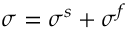
\boldsymbol { \sigma } = \boldsymbol { \sigma } ^ { s } + \boldsymbol { \sigma } ^ { f }